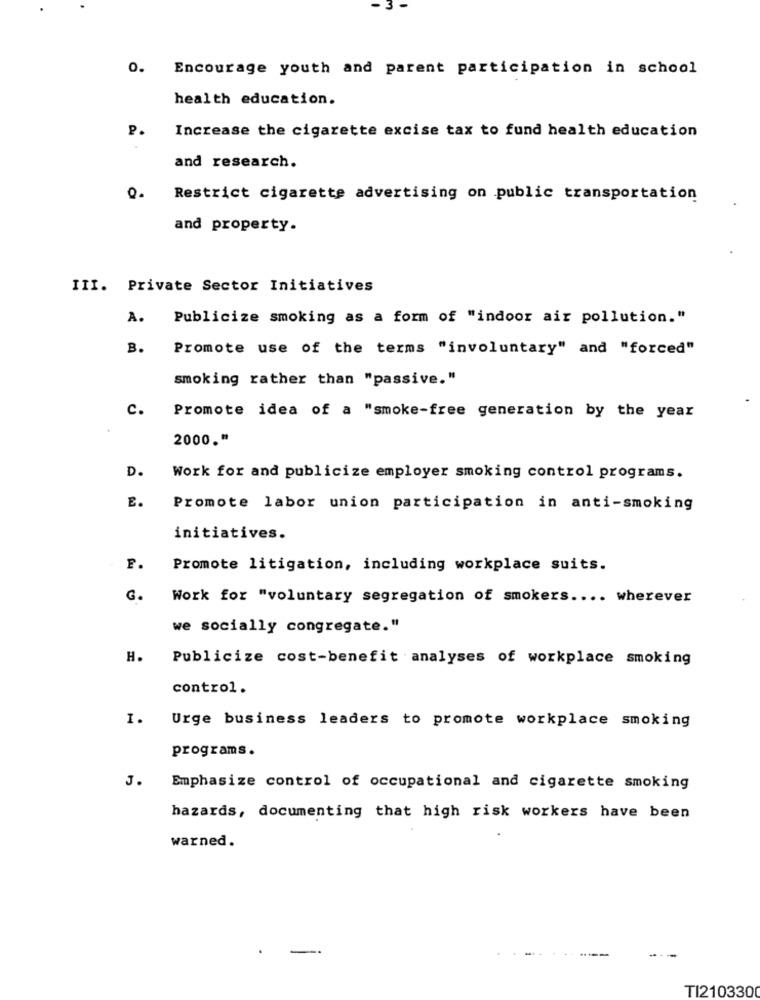
0.
Encourage youth and parent participation in school
health education.
P.
Increase the cigarette excise tax to fund health education
and research.
0.
Restrict cigarette advertising on public transportation
and property.
III. Private Sector Initiatives
A.
Publicize smoking as a form of "indoor air pollution."
B.
Promote use of the terms "involuntary" and "forced"
smoking rather than "passive."
C.
Promote idea of a "smoke-free generation by the year
2000."
D.
Work for and publicize employer smoking control programs.
E.
Promote labor union participation in anti-smoking
initiatives.
F.
Promote litigation, including workplace suits.
G.
Work for "voluntary segregation of smokers .... wherever
we socially congregate."
H.
Publicize cost-benefit analyses of workplace smoking
control.
1.
Urge business leaders to promote workplace smoking
programs.
J.
Emphasize control of occupational and cigarette smoking
hazards, documenting that high risk workers have been
warned.
. -
---
---
TI2103300